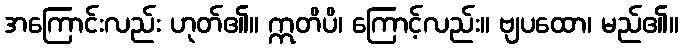
အကြောင်းလည်း ဟုတ်၏။ ဣတိပိ၊ ကြောင့်လည်း။ ဗျပထော၊ မည်၏။